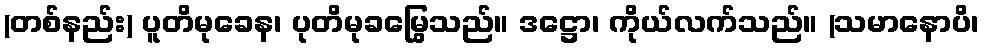
(တစ်နည်း) ပူတိမုခေန၊ ပုတိမုခမြွေသည်။ ဒဋ္ဌော၊ ကိုယ်လက်သည်။ (သမာနောပိ၊